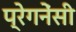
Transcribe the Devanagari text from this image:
प्रेगनेंसी